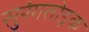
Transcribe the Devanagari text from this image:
सुरंगतोड़क